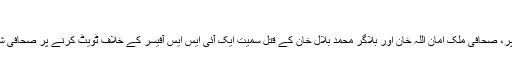
‘
آر ایس ایف نے اپنے خط میں پڈ عیدن پریس کلب کے صدر علی شیر راجپر، صحافی ملک امان اللہ خان اور بلاگر محمد بلال خان کے قتل سمیت ایک آئی ایس ایس آفیسر کے خلاف ٹویٹ کرنے پر صحافی شاہ زیب جیلانی کے ’سائبر دہشت گردی‘ کے شکار ہونے کا بھی ذکر کیا۔